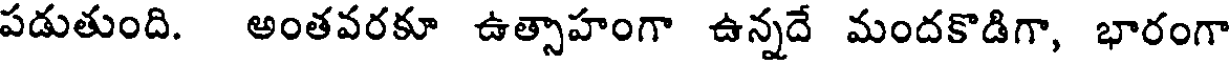
పడుతుంది. అంతవరకూ ఉత్సాహంగా ఉన్నదే మందకొడిగా, భారంగా